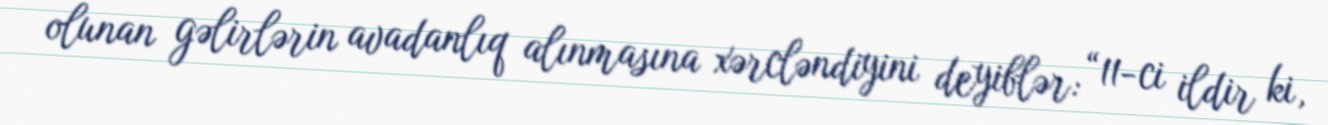
olunan gəlirlərin avadanlıq alınmasına xərcləndiyini deyiblər: “11-ci ildir ki,